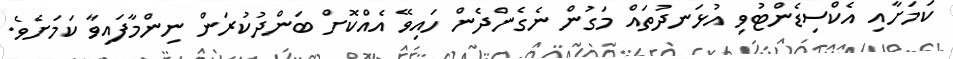
ކަމަށާއި އެކްސިޑެންޓުވި އުޅަނދުތައް މަގުން ނެގެންދެން ހައިވޭ އެއްކޮށް ބަންދުކުރަން ނިންމާފައިވާ ކަމަށެވެ.